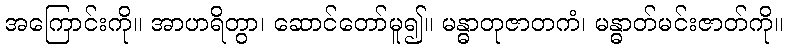
အကြောင်းကို။ အာဟရိတွာ၊ ဆောင်တော်မူ၍။ မန္ဓာတုဇာတကံ၊ မန္ဓာတ်မင်းဇာတ်ကို။